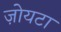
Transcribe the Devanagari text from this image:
ज़ोयटा